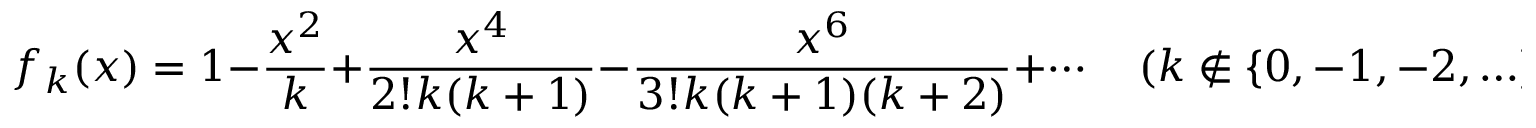
f _ { k } ( x ) = 1 - { \frac { x ^ { 2 } } { k } } + { \frac { x ^ { 4 } } { 2 ! k ( k + 1 ) } } - { \frac { x ^ { 6 } } { 3 ! k ( k + 1 ) ( k + 2 ) } } + \cdots \quad ( k \notin \{ 0 , - 1 , - 2 , \ldots \} ) .